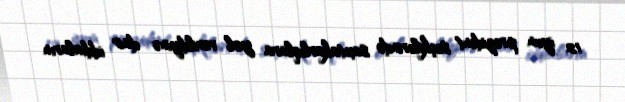
12 iyun prezident seçkilərində saxtakarlıqlara yol verildiyinə dair iddiaların